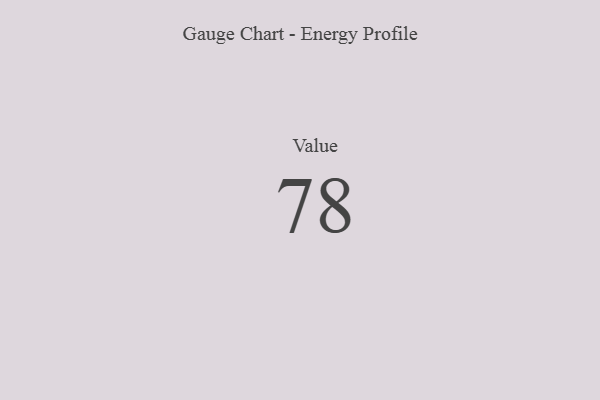
{"axis": {"x": "Metric", "y": "Value"}, "legend": [""], "data": [{"x": "Value", "y": 78, "type": ""}]}